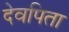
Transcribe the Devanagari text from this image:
देवपिता